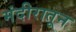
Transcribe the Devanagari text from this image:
मंदीरातून